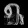
Digit: ၅